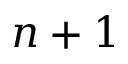
n + 1